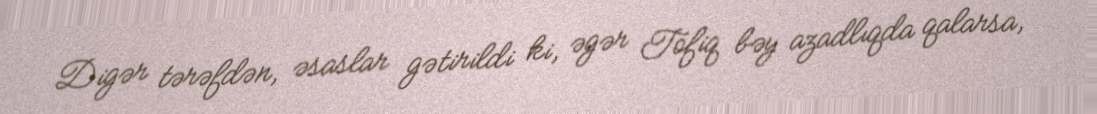
Digər tərəfdən, əsaslar gətirildi ki, əgər Tofiq bəy azadlıqda qalarsa,